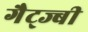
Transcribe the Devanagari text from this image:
गैट्ज्बी